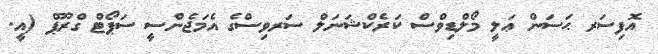
އޮފިސަރ ޙަސަން ޢަލީ މޯލްޑިވްސް ކަރެކްޝަނަލް ސަރވިސްގެ އެމަޖެންސީ ސަޕޯޓް ގްރޫޕް (އީ.